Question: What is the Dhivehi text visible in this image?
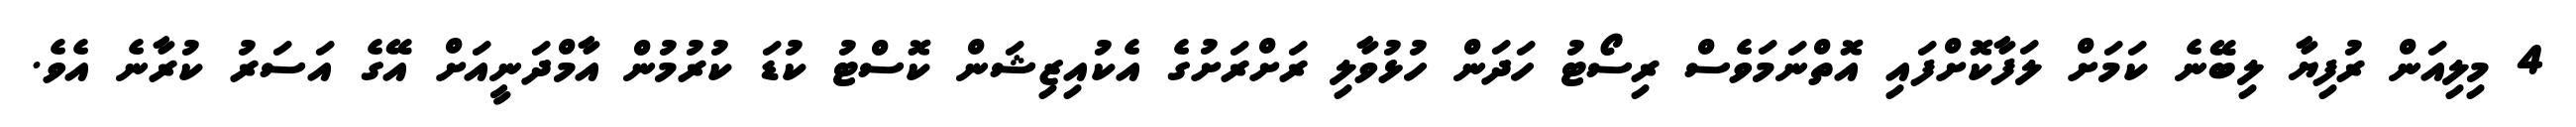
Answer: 4 މިލިއަން ރުފިޔާ ލިބޭނެ ކަމަށް ލަފާކޮށްފައި އޮތްނަމަވެސް ރިސޯޓު ހަދަން ހުޅުވާލި ރަށްރަށުގެ އެކުއިޒިޝަން ކޮސްޓު ކުޑަ ކުރުމުން އާމްދަނީއަށް އޭގެ އަސަރު ކުރާނެ އެވެ.